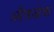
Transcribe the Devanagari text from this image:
ऑफ़ब्रेक